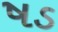
ષડ